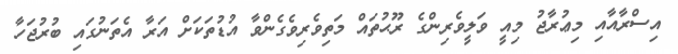
އިސްރާއާއި މިޢުރާޖު މިއީ ވަލީވެރިންގެ ރޫޙުތައް މަތިވެރިވެގެންވާ އުޑުތަކަށް އަރާ އެތަނުގައި ބުރުޖަހާ